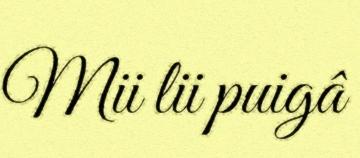
Mii lii puigâ